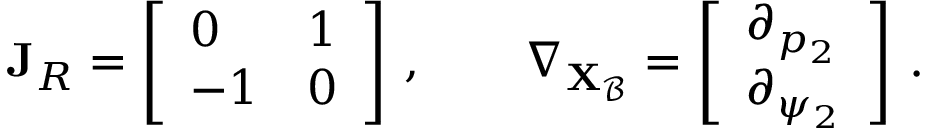
\mathbf { J } _ { R } = \left[ \begin{array} { l l } { 0 } & { 1 } \\ { - 1 } & { 0 } \end{array} \right] \, , \qquad \nabla _ { \mathbf { X } _ { \mathcal { B } } } = \left[ \begin{array} { l } { \partial _ { p _ { 2 } } } \\ { \partial _ { \psi _ { 2 } } } \end{array} \right] \, .